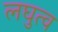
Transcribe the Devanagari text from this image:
लघुत्व